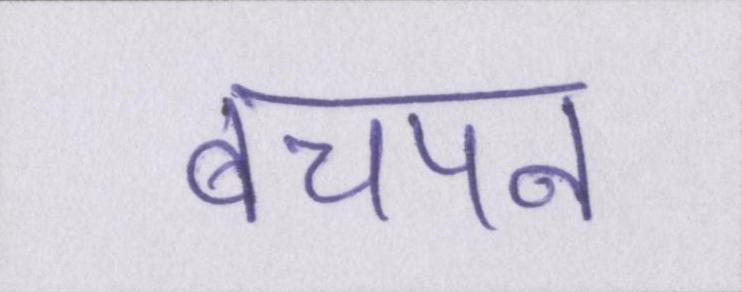
बचपन